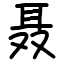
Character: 聂